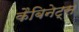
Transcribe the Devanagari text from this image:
कैबिनेट्स